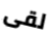
لقى